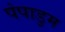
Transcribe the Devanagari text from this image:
पंपाडुम